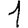
Digit: 1